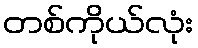
တစ်ကိုယ်လုံး